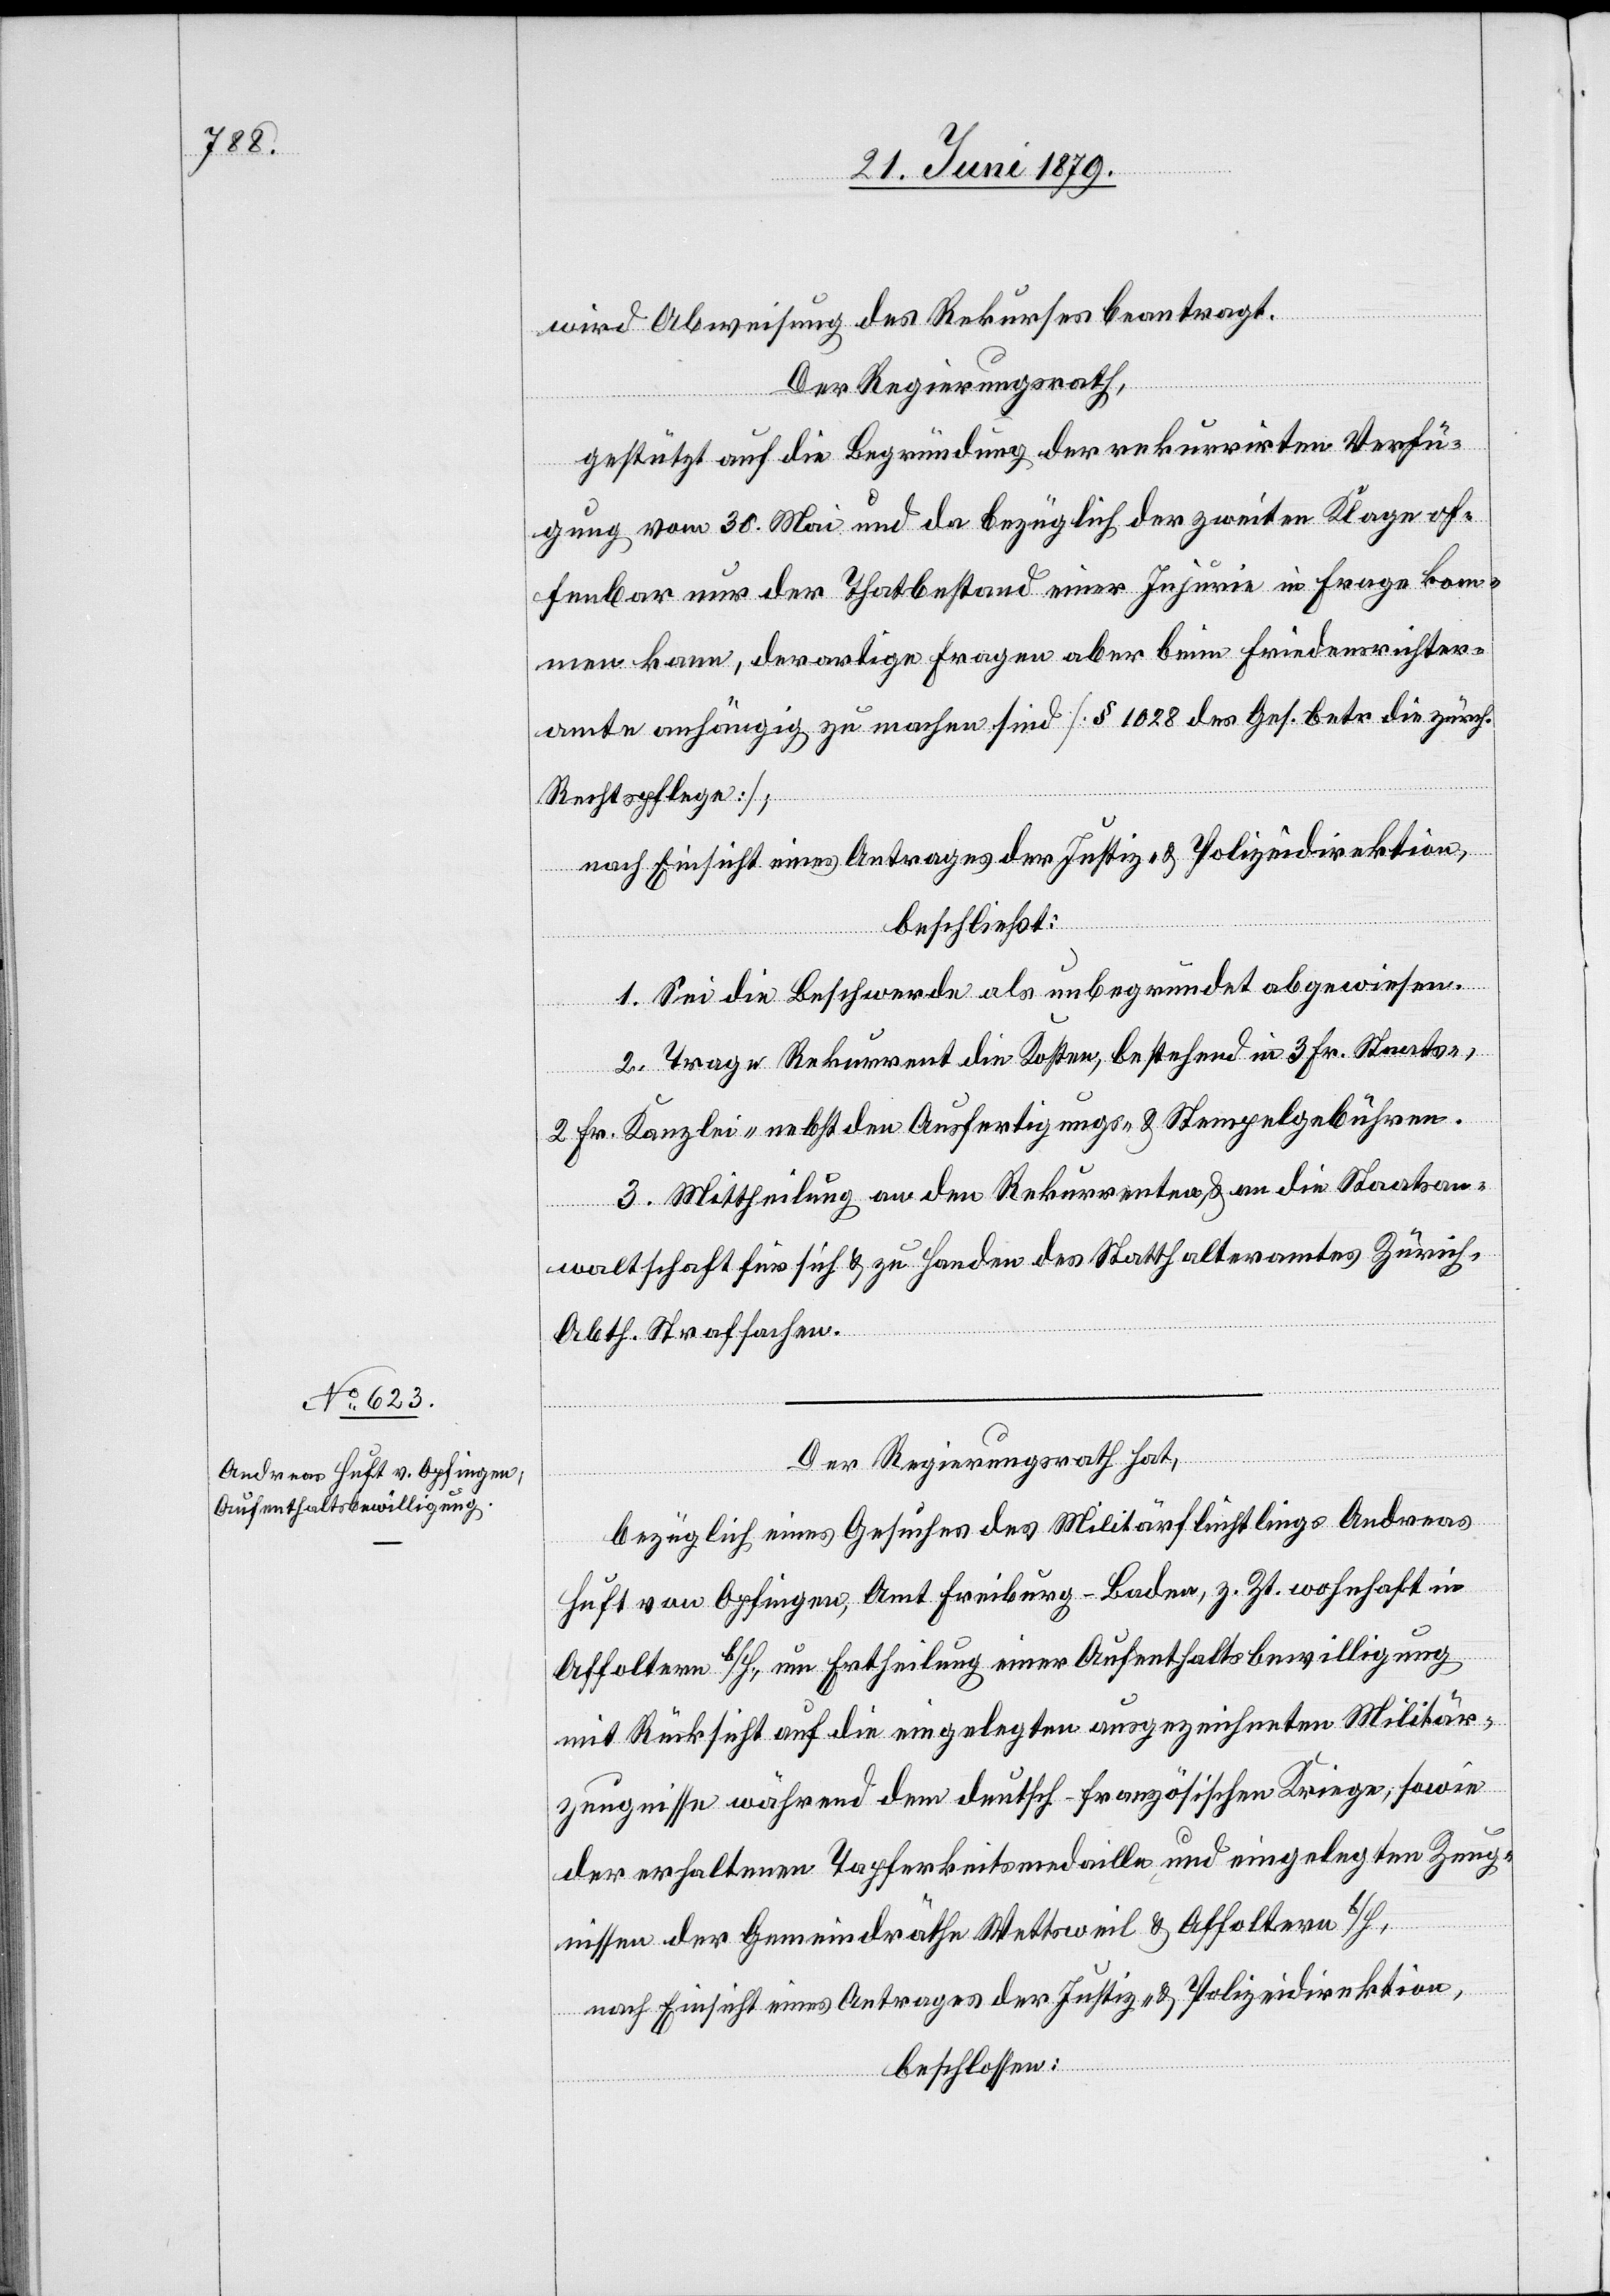
wird Abweisung des Rekurses beantragt.
Der Regierungsrath,
gestützt auf die Begründung der rekurrirten Verfü¬
gung vom 30. Mai und da bezüglich der zweiten Klage of¬
fenbar nur der Thatbestand einer Injurie in Frage kom¬
men kann, derartige Fragen aber beim Friedensrichter¬
amte anhängig zu machen sind [§ 1028 des Ges. betr. die zürch.
Rechtspflege];
nach Einsicht eines Antrages der Justiz- & Polizeidirektion,
beschließt:
1. Sei die Beschwerde als unbegründet abgewiesen.
2. Trage Rekurrent die Kosten, bestehend in 3 Fr. Staats-,
2 Fr. Kanzlei- nebst den Ausfertigung- & Stempelgebühren.
3. Mittheilung an den Rekurrenten, & an die Staatsan¬
waltschaft für sich & zu Handen des Statthalteramtes Zürich
Abth. Strafsachen.
Der Regierungsrath hat,
bezüglich eines Gesuches des Militärflüchtlings Andreas
Huft von Opfingen, Amt Freiburg - Baden, z. Zt. wohnhaft in
Affoltern b/H., um Ertheilung einer Aufenthaltsbewilligung
mit Rücksicht auf die eingelegten ausgezeichneten Militär¬
zeugnisse während dem deutsch-französischen Kriege, sowie
der erhaltenen Tapferkeitsmedaille und eingelegten Zeug¬
nissen der Gemeindräthe Wettsweil & Affoltern b/H,
nach Einsicht eines Antrages der Justiz- & Polizeidirektion,
beschlossen: